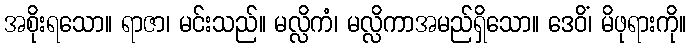
အစိုးရသော။ ရာဇာ၊ မင်းသည်။ မလ္လိကံ၊ မလ္လိကာအမည်ရှိသော။ ဒေဝိံ၊ မိဖုရားကို။